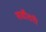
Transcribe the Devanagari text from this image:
सर्वोतरी